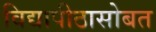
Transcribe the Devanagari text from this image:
विद्यापीठासोबत